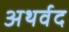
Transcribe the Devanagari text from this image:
अथर्वद